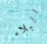
البلاء